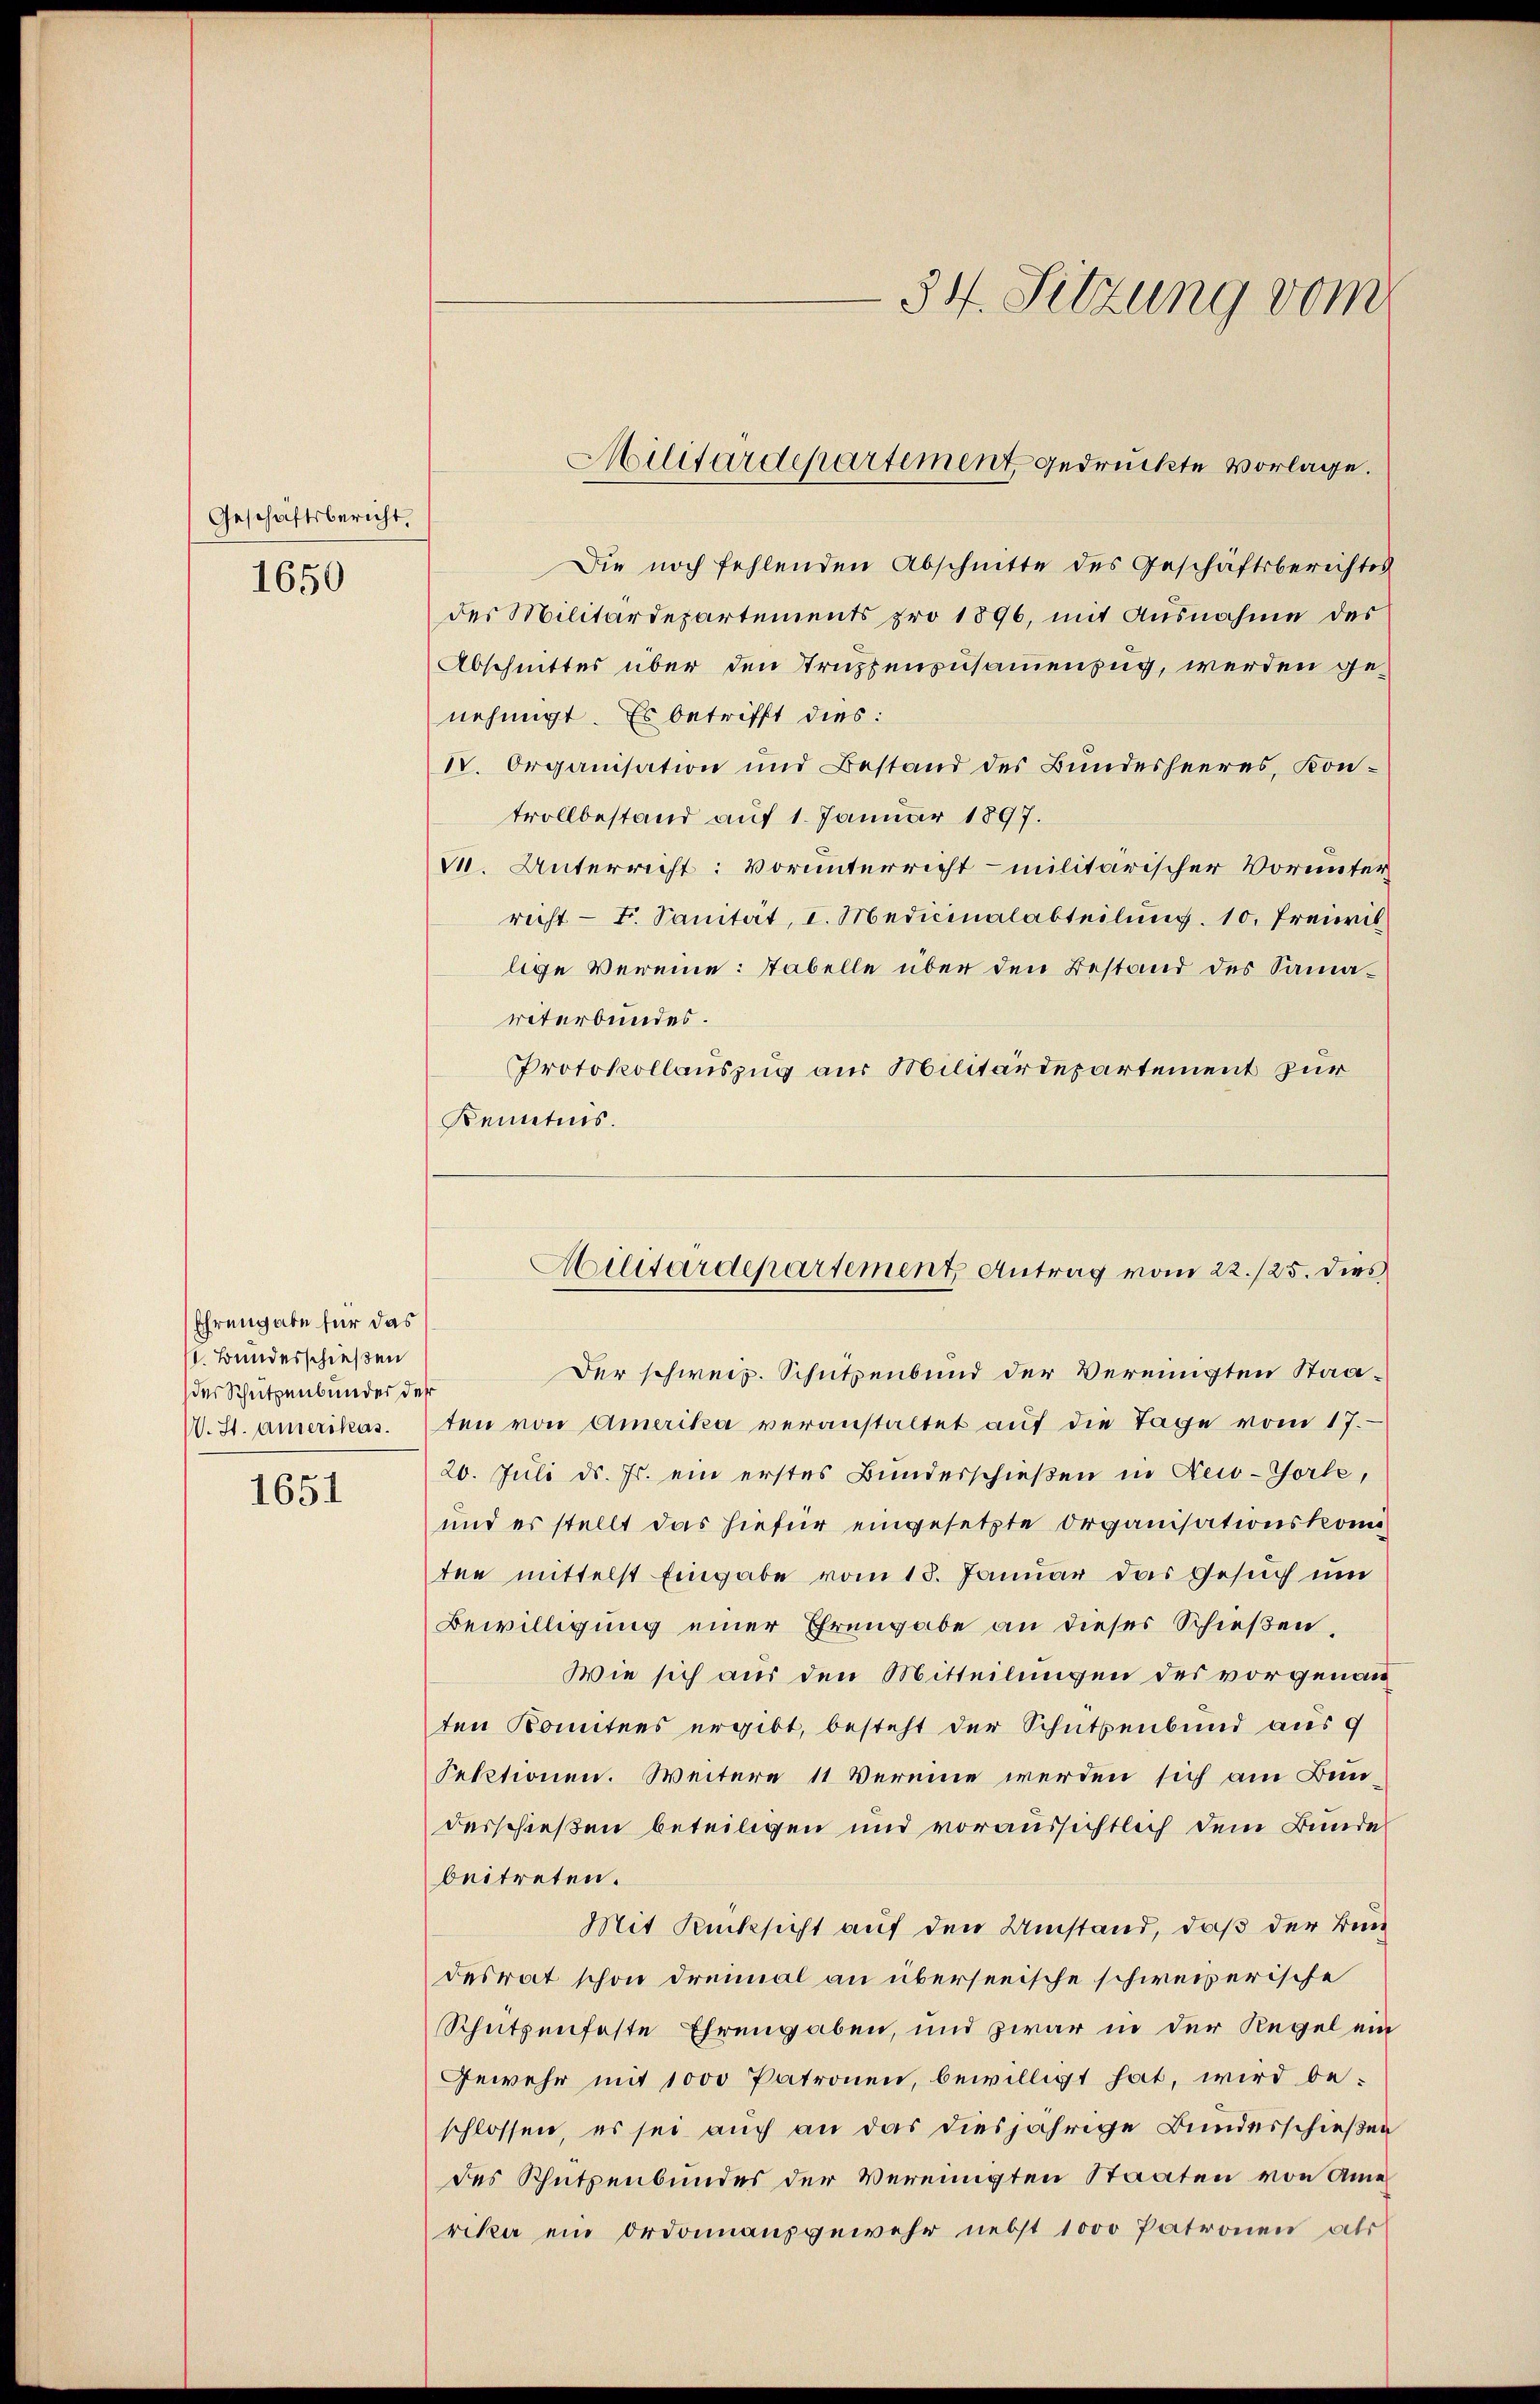
Geschäftsbericht.
1650

Ehrengabe für das
s. Bundesschießen
der Schutzenbunder der

1651

Die noch fehlenden Abschnitte des Geschäftsberichtes
des Militärdepartements pro 1896, mit Ausnahme des
Abschnittes über den Truppenzusammenzug, werden genehmigt. Es betrifft dies:
N. Organisation und Bestand des Bundesheeres, Kon-
trollbestand auf 1. Januar 1897.
M. Unterricht: Vorunterricht militärischer Vorunter
richt - Fr. Sanität, I. Medicinalabteilŭng. 10. Freiwil
lige Vereine: Tabelle über den Bestand des Samariterbundes.
Protokollauszug aus Militärdepartement zur
Kenntnis.

Militärdepartement gedruckte Vorlage.

34. Sitzung vom

Der schweiz. Schutzenbund der Vereinigten Staa¬
W. St. Amerikasten von Amerika veranstaltet auf die Tage vom 17.
20. Juli d. Js. ein erstes Bunderschießen in Kei-Torte,
und es stellt das hiefür eingesetzte Organisationskomten mittelst Eingabe vom 13. Januar das Gesuch um
Bewilligung einer Ehrengabe an dieser Schießen,
Wie sich aus den Mitteilungen des vorgenann
ten Komitees ergibt, besteht der Schüttenbund aus 9
Fektionen. Weitere 11 Vereine werden sich am Bundesschießen beteiligen und voraussichtlich dem Bunde
beitreten.
Mit Rücksicht auf den Umstand, daß der Bun
desrat schon dreimal an überseeische schweizerische
Schützenfeste Ehrengaben, und zwar in der Regel ein
Gewehr mit 1000 Patronen, bewilligt hat, wird beschlossen, es sei auch an das diesjährige Bundesschießen
des Schützenbundes der Vereinigten Staaten von Amerika ein Ordonnausgewehr nebst 1000 Patronen als

Militärdepartement Antrag vom 22./25. dies